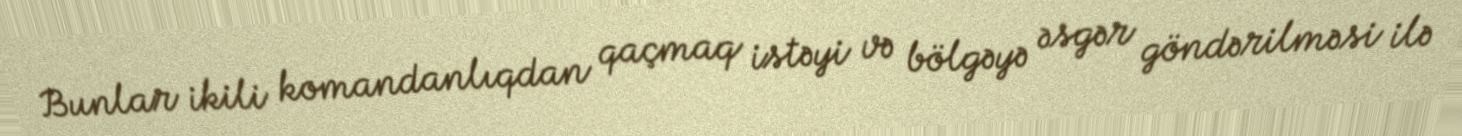
Bunlar ikili komandanlıqdan qaçmaq istəyi və bölgəyə əsgər göndərilməsi ilə